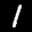
Label: 1